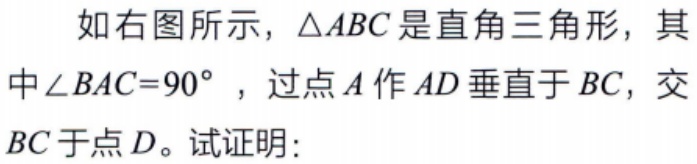
如右图所示，$\triangle ABC$是直角三角形，其中$\angle BAC = 90^{\circ}$ ，过点$A$作$AD$垂直于$BC$，交$BC$于点$D$。试证明：